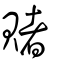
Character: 賭